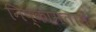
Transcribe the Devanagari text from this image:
निष्कामतामें